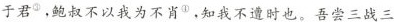
于君^{③}，鲍叔不以我为不肖^{④}，知我不遭时也。吾尝三战三